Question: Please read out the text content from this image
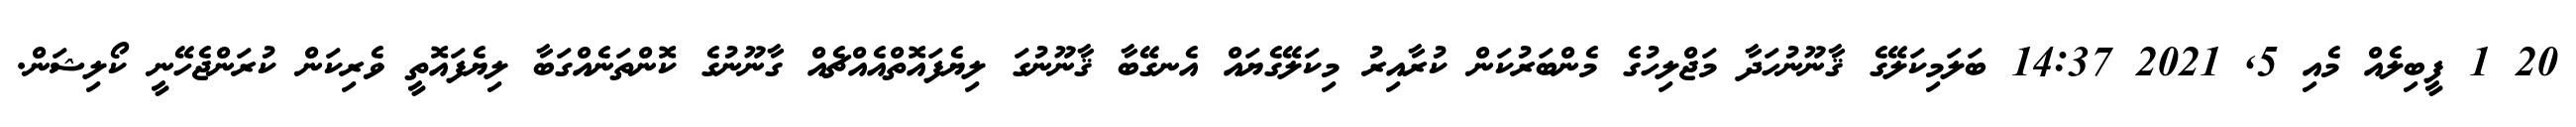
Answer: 20 1 ފީބިލެއް މެއި 5, 2021 14:37 ބަލަމިކަލޭގެ ޤާނޫނުހަދާ މަޖްލިހުގެ މެންބަރުކަން ކުރާއިރު މިކަލޭގެޔައް އެނގޭބާ ޤާނޫނުގަ ލިޔެފައޮތްއެއްޗެއް ގާނޫނުގެ ކޮންތަނެއްގަބާ ލިޔެފައޮތީ ވެރިކަން ކުރަންޖެހޭނީ ކޯލިޝަން.